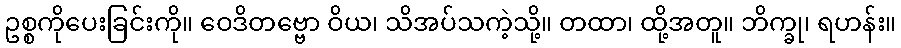
ဥစ္စကိုပေးခြင်းကို။ ဝေဒိတဗ္ဗော ဝိယ၊ သိအပ်သကဲ့သို့။ တထာ၊ ထို့အတူ။ ဘိက္ခု၊ ရဟန်း။